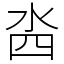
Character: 𣳉